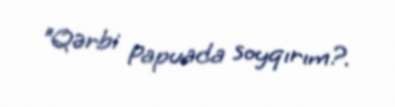
"Qərbi Papuada soyqırım?.